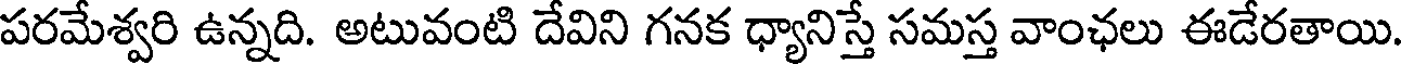
పరమేశ్వరి ఉన్నది. అటువంటి దేవిని గనక ధ్యానిస్తే సమస్త వాంఛలు ఈడేరతాయి